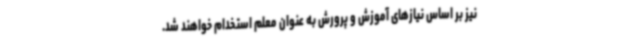
نیز بر اساس نیازهای آموزش و پرورش به عنوان معلم استخدام خواهند شد.